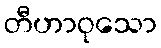
တီဟာဝုသော